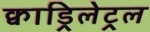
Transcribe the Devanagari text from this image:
क्वाड्रिलेट्रल